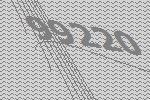
99220